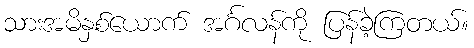
သားအမိနှစ်ယောက် အင်္ဂလန်ကို ပြန်ခဲ့ကြတယ်။